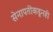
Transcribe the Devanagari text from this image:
सेनापतींकडूनही